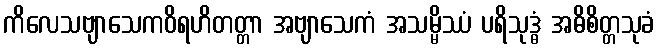
ကိလေသဗျာသေကဝိရဟိတတ္တာ အဗျာသေကံ အသမ္မိဿံ ပရိသုဒ္ဓံ အဓိစိတ္တသုခံ